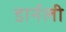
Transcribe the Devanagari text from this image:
डार्नली